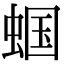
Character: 蝈